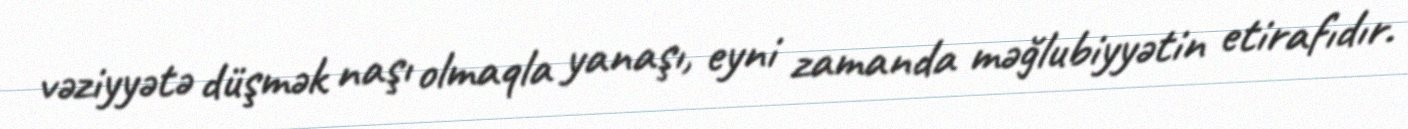
vəziyyətə düşmək naşı olmaqla yanaşı, eyni zamanda məğlubiyyətin etirafıdır.